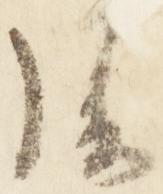
後